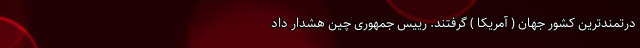
درتمندترین کشور جهان ( آمریکا ) گرفتند. رییس جمهوری چین هشدار داد